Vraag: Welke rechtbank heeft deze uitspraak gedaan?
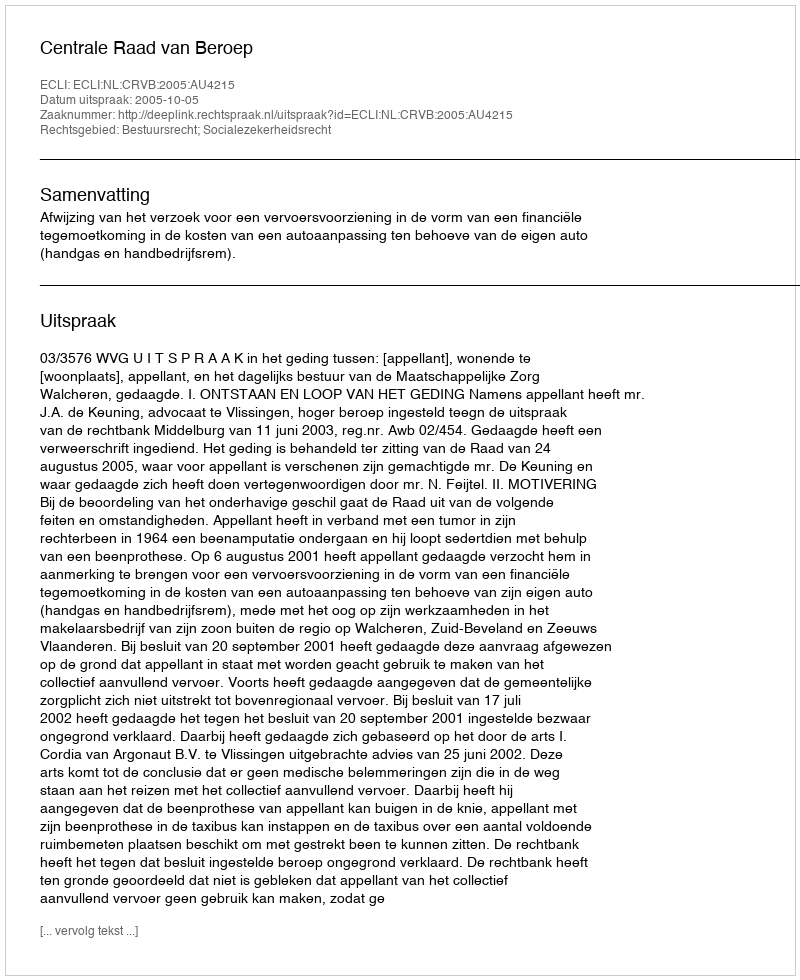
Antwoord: Centrale Raad van Beroep